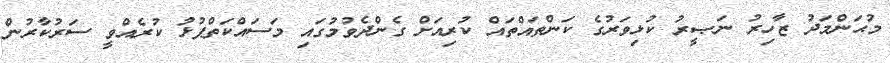
މުޙަންމަދު ޒާހިރު ނަޞީރު ކުޅިވަރުގެ ކަންތައްތައް ކުރިއަށް ގެންދެވުމުގައި މަސައްކަތްޕުޅު ކުރެއްވީ ސަރުކާރުން